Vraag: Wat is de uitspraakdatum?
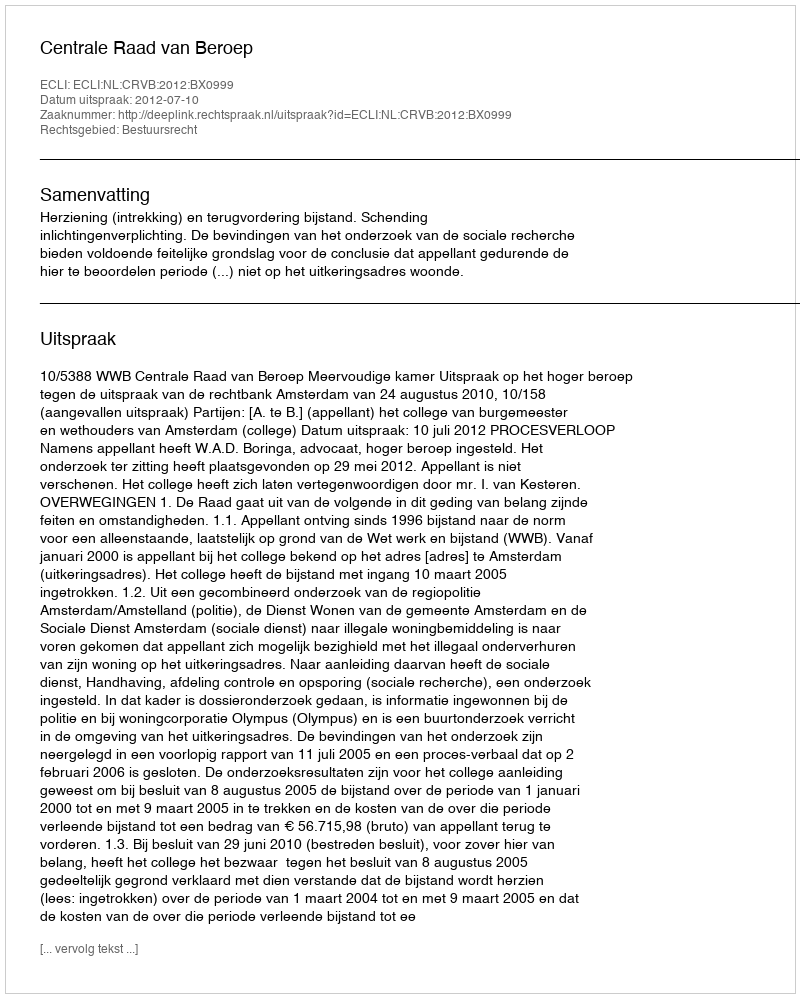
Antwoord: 2012-07-10